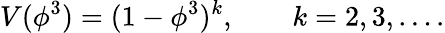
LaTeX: V(\phi^{3})=(1-\phi^{3})^{k},\qquad k=2,3,\ldots.